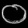
Digit: ၀